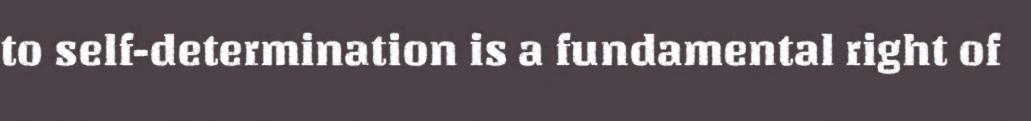
to self-determination is a fundamental right of